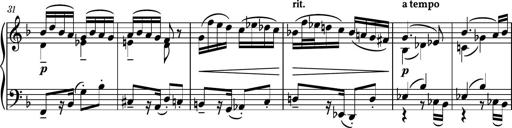
Title: Piano Sonatina No.5
Composer: Dimitri Sykias
Key: C minor